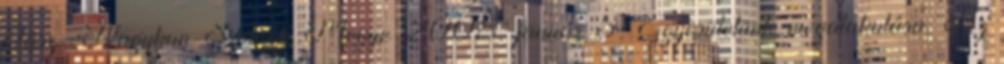
Jász- Nagykun-Szolnok Megye 2008. január 5. Egyesületünk megalakulása. Az